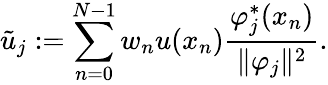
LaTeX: \tilde{u}_{j}:=\sum_{n=0}^{N-1}w_{n}u(x_{n})\frac{\varphi_{j}^{\ast}(x_{n})}{\lVert\varphi_{j}\rVert^{2}}.